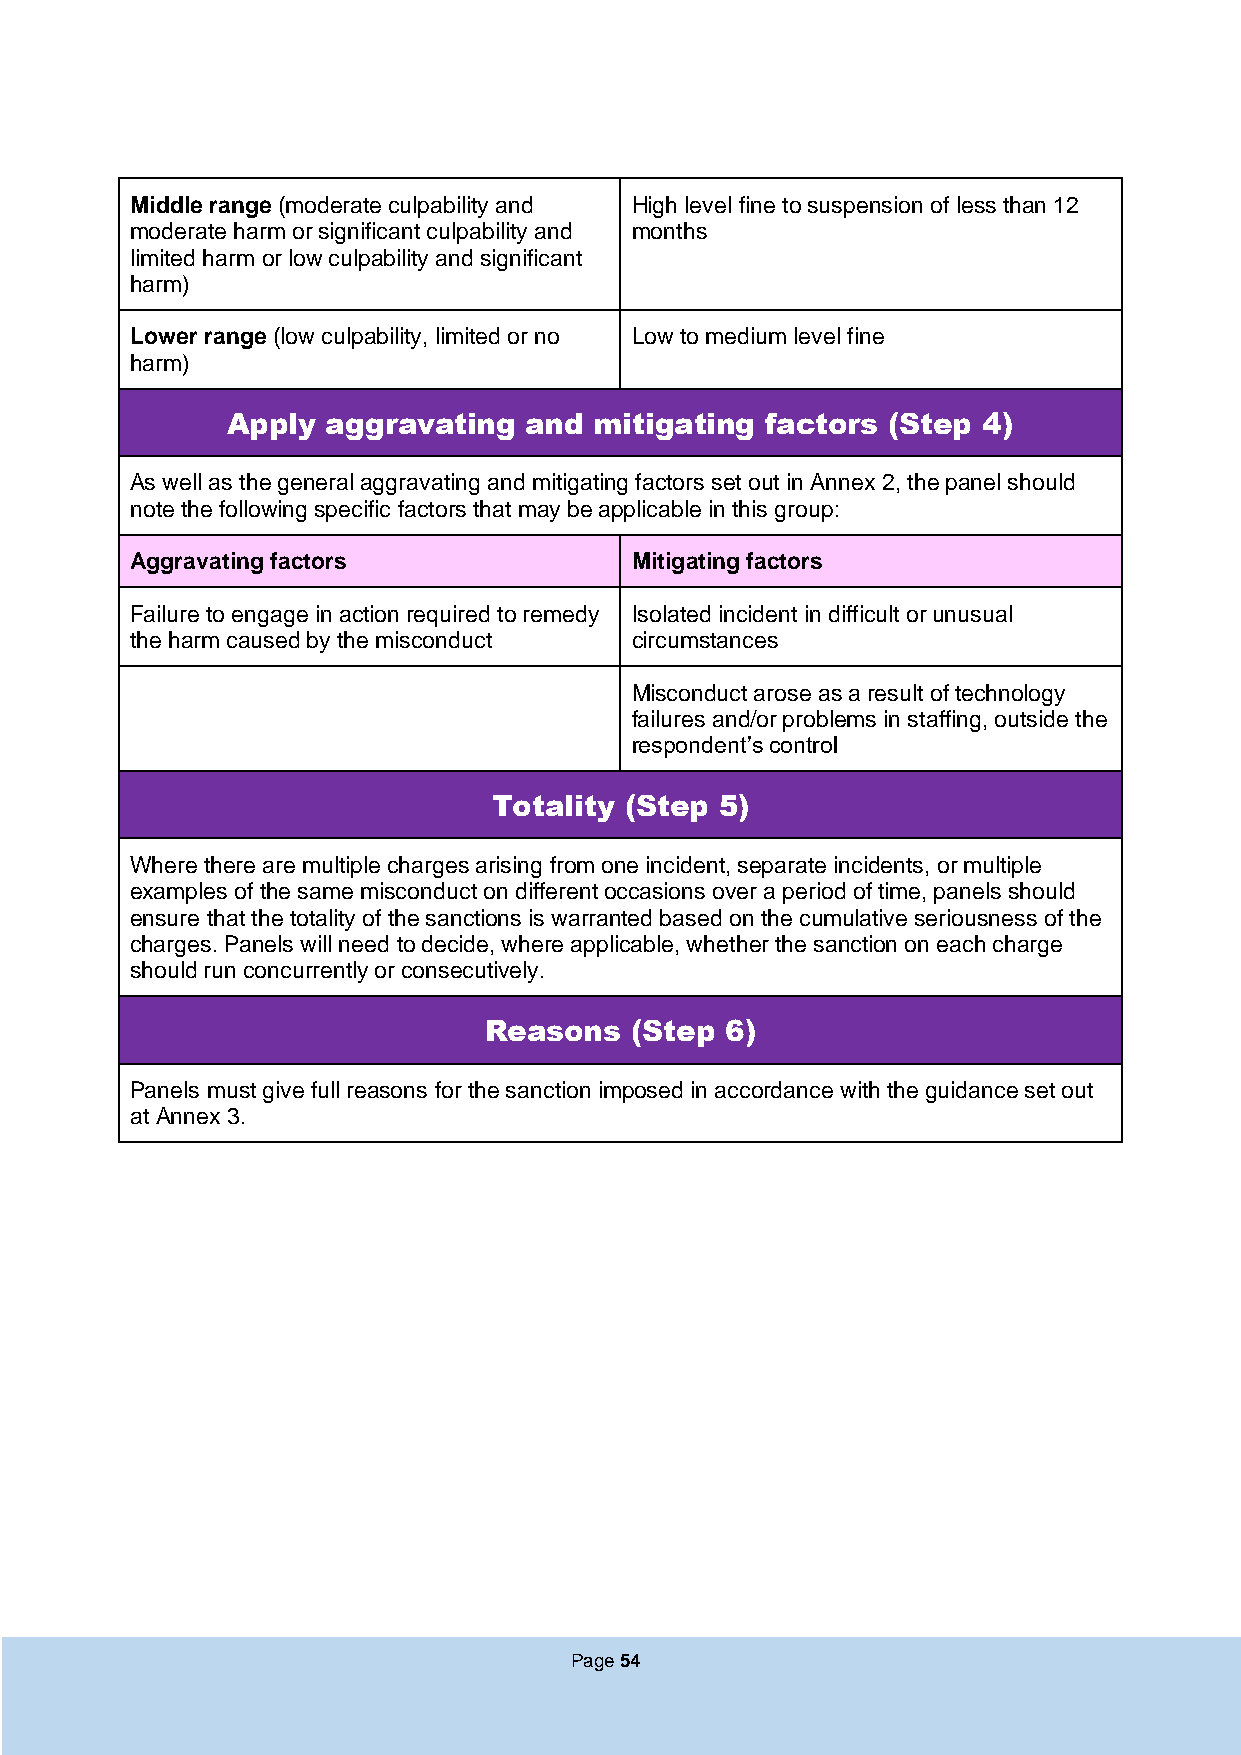
Middle range (moderate culpability and High level fine to suspension of less than 12
 moderate harm or significant culpability and months
 limited harm or low culpability and significant
 harm)
 Lower range (low culpability, limited or no Low to medium level fine
 harm)
 Apply  aggravating  and mitigating  factors (Step 4)
 As well as the general aggravating and mitigating factors set out in Annex 2, the panel should
 note the following specific factors that may be applicable in this group:
 Aggravating factors              Mitigating factors
 Failure to engage in action required to remedy Isolated incident in difficult or unusual
 the harm caused by the misconduct circumstances
 Misconduct arose as a result of technology
 failures and/or problems in staffing, outside the
 respondent’s control
 Totality (Step 5)
 Where there are multiple charges arising from one incident, separate incidents, or multiple
 examples of the same misconduct on different occasions over a period of time, panels should
 ensure that the totality of the sanctions is warranted based on the cumulative seriousness of the
 charges. Panels will need to decide, where applicable, whether the sanction on each charge
 should run concurrently or consecutively.
 Reasons   (Step 6)
 Panels must give full reasons for the sanction imposed in accordance with the guidance set out
 at Annex 3.
 Page 54